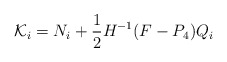
\begin{align*}{\cal K}_{i}={N}_{i}+ \frac{1}{2}H^{-1}(F-P_4) Q_i\end{align*}